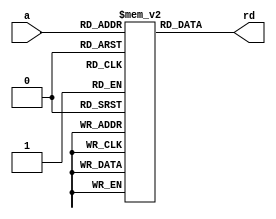
module imem(input [5:0] a,
            output [31:0] rd);
    reg [31:0] RAM [63:0];
    initial
        begin
            RAM[0] <= 32'h201d0080;
            RAM[1] <= 32'h20040005;
            RAM[2] <= 32'h0c000004;
            RAM[3] <= 32'h00021040;
            RAM[4] <= 32'h23bdfff8;
            RAM[5] <= 32'hafa40004;
            RAM[6] <= 32'hafbf0000;
            RAM[7] <= 32'h20080002;
            RAM[8] <= 32'h0088402a;
            RAM[9] <= 32'h10080003;
            RAM[10] <= 32'h20020001;
            RAM[11] <= 32'h23bd0008;
            RAM[12] <= 32'h03e00008;
            RAM[13] <= 32'h2084ffff;
            RAM[14] <= 32'h0c000004;
            RAM[15] <= 32'h8fbf0000;
            RAM[16] <= 32'h8fa40004;
            RAM[17] <= 32'h23bd0008;
            RAM[18] <= 32'h00821020;
            RAM[19] <= 32'h03e00008;
            
            /*RAM[0]<=32'h20020005;
            RAM[1]<=32'h2003000c;
            RAM[2]<=32'h2067fff7;
            RAM[3]<=32'h00e22025;
            RAM[4]<=32'h00642824;
            RAM[5]<=32'h00a42820;
            RAM[6]<=32'h10a7000a;
            RAM[7]<=32'h0064202a;
            RAM[8]<=32'h10800001;
            RAM[9]<=32'h20050000;
            RAM[10]<=32'h00e2202a;
            RAM[11]<=32'h00853820;
            RAM[12]<=32'h00e23822;
            RAM[13]<=32'hac670044;
            RAM[14]<=32'h8c020050;
            RAM[15]<=32'h08000011;
            RAM[16]<=32'h20020001;
            RAM[17]<=32'hac020054;*/
            /*
            RAM[0] <= 32'h20080063;
            RAM[1] <= 32'h20090025;
            RAM[2] <= 32'h20100000;
            RAM[3] <= 32'h10090006;
            RAM[4] <= 32'h312a0001;
            RAM[5] <= 32'h100a0001;
            RAM[6] <= 32'h02088020;
            RAM[7] <= 32'h00084040;
            RAM[8] <= 32'h00094842;
            RAM[9] <= 32'h08000003;*/
            
            /*RAM[0]<=32'h2010000c;
            RAM[1]<=32'h3212fff8;
            RAM[2]<=32'h3633000a;
            RAM[3]<=32'h2a540005;
            RAM[4]<=32'h00000000;
            RAM[5]<=32'h02114020;
            RAM[6]<=32'h02534022;
            RAM[7]<=32'h02714024;
            RAM[8]<=32'h02324025;
            RAM[9]<=32'h0212402a;
            RAM[10]<=32'hac100002;
            RAM[11]<=32'h8c080002;*/
            //$readmemh("memfile.dat", RAM);
        end
    assign rd = RAM[a];//{RAM[a + 3], RAM[a + 2], RAM[a + 1], RAM[a]};
endmodule